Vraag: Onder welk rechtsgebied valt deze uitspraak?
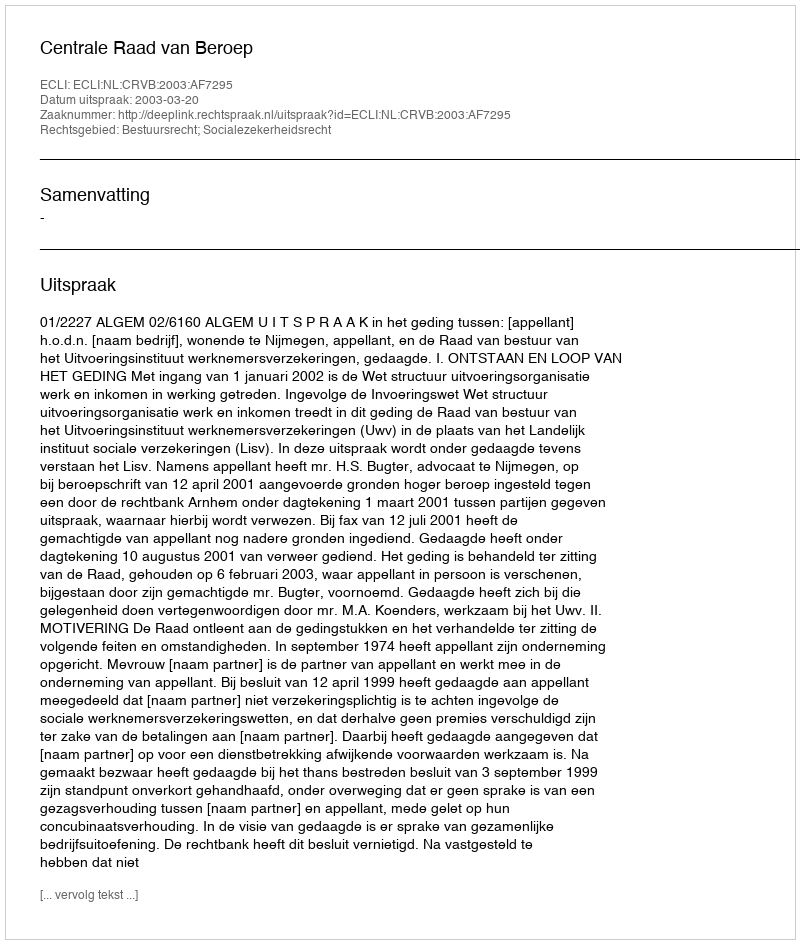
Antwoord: Bestuursrecht; Socialezekerheidsrecht